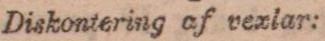
Diskontering af vexlar: